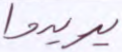
يريدوا